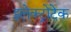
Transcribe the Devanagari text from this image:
इलेक्ट्रोटेक